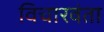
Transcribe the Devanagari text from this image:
विचारवंता